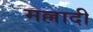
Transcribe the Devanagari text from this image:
मल्लादी